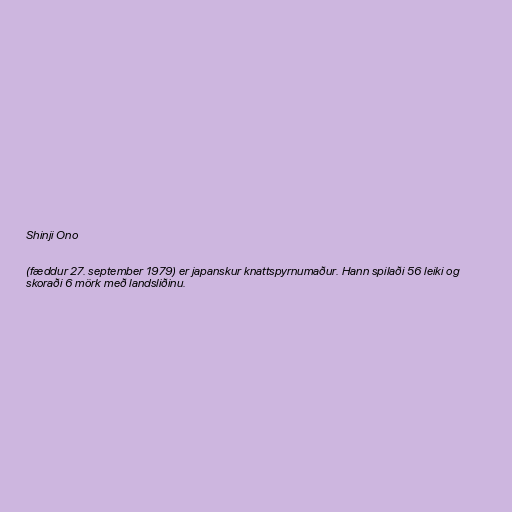
Shinji Ono

(fæddur 27. september 1979) er japanskur knattspyrnumaður. Hann spilaði 56 leiki og
skoraði 6 mörk með landsliðinu.